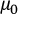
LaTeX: \textstyle \mu _ { 0 }